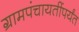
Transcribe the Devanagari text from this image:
ग्रामपंचायतींपर्यंत